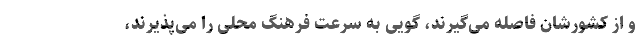
و از کشورشان فاصله می‌گیرند، گویی به سرعت فرهنگ محلی را می‌پذیرند،